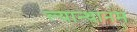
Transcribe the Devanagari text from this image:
ल्यान्थानम